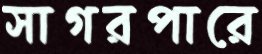
সাগরপারে